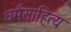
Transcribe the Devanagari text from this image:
धर्मसाहित्य